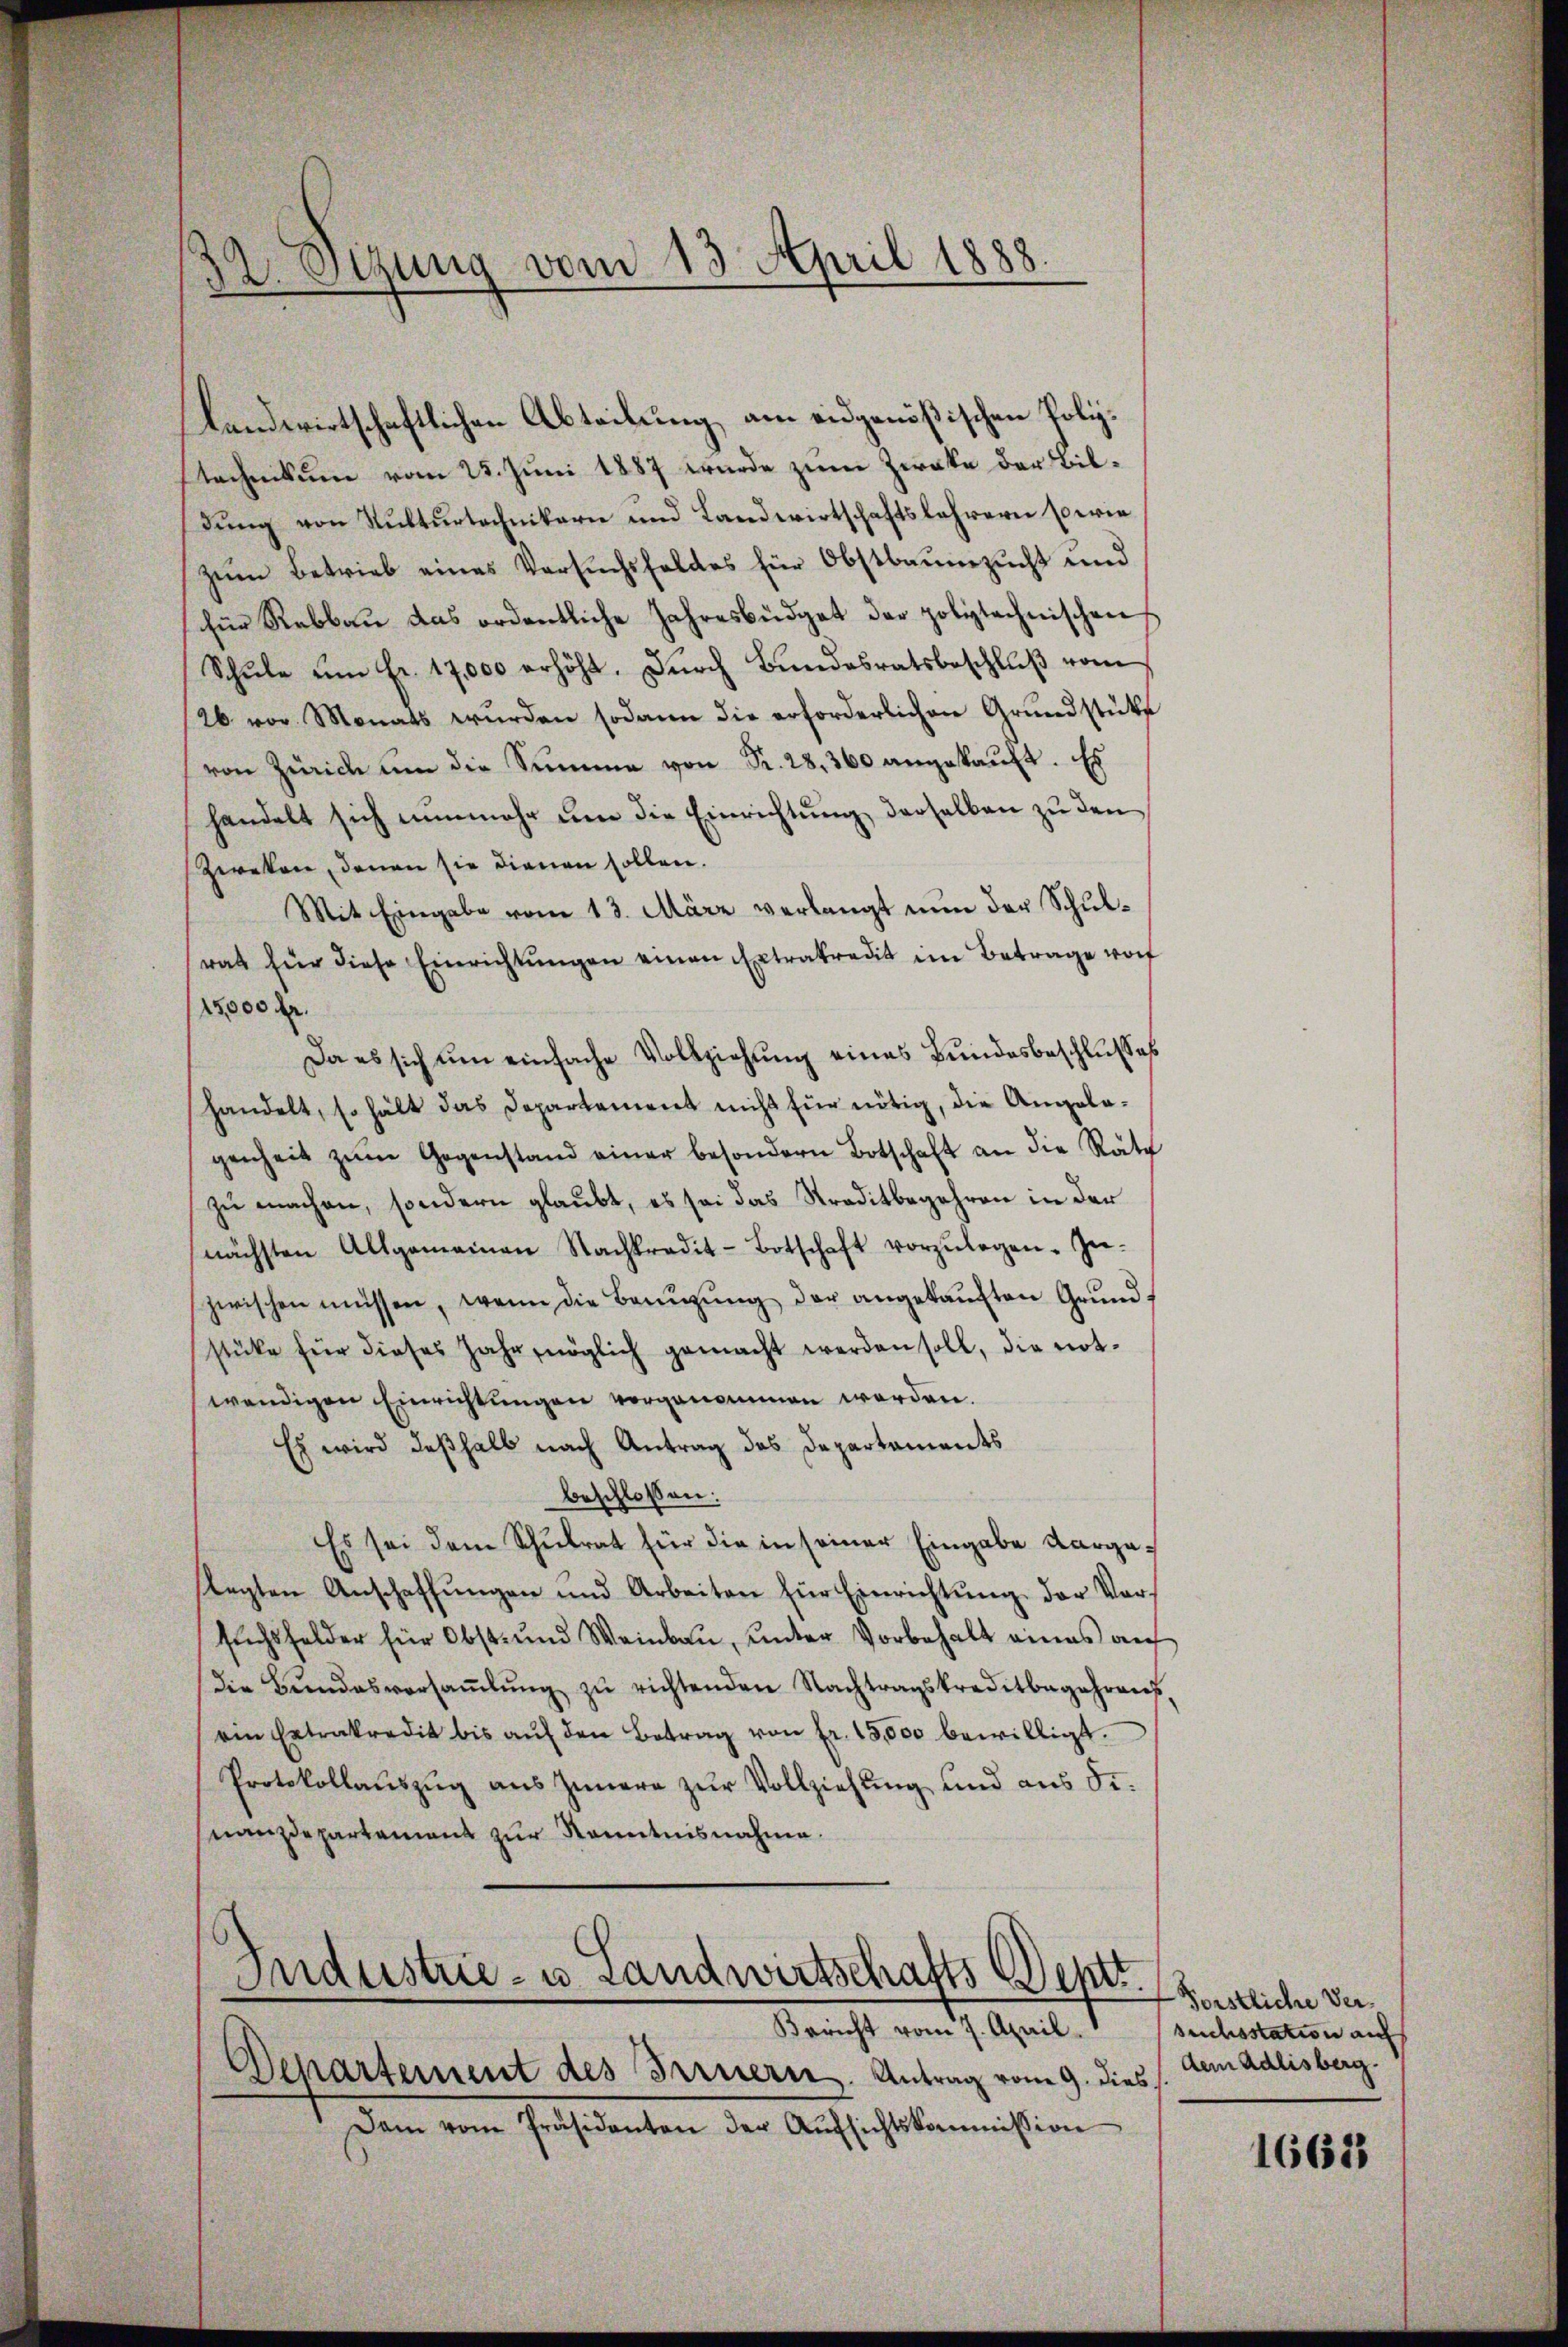
Vigung vom 13. April 1888.

landwirtschaftlichen Abteilung, am eidgenößischen Politechnikum vom 25. Juni 1887 wurde zum Zwecke der Bildung von Kulturtechnikern und Landwirtschaftslehrern sowie
zum Betrieb eines Versuchsfeldes für Obstbaumzucht und
für Rebbau das ordentliche Jahresbüdget der polytechnischen
Schŭle ŭm Fr. 17,000 erhöht. Dŭrch Bŭndesratsbeschlŭβ vom
26 vor Monats wurden sodann die erforderlichen Grundstütz
von Zürich um die Summe von R. 28, 360 angekaŭft. Es
handelt sich nunmehr um die Einrichtung derselben zu den
Zereten, denen sie dienen sollen.
Mit Eingabe vom 13. März verlangt nun der Schulrat für diese Einrichtŭngen einen Extrakredit im Betrage vorf
15,000 Fr.
Da es sich um einfache Vollziehung eines Bundesbeschlusses
handelt, so hält das Departement nicht für nötig, die Angela-
genheit zŭm Gegenstand einer besondern Botschaft an die Räth
zu machen, sondern glaubt, es sei das Straditbegehren in der
nächsten Allgemeinen Nachtredit-Botschaft vorzŭlegen. Zu-
zwischen müssen, wenn die Bauŭgŭng der angekaŭften Grundstüke für dieses Jahr möglich gemacht werden soll, die notwendigen Einrichtungen vorgenommen worden.
Es wird deßhalb nach Antrag des Departements
beschlossen:
Es sei dem Schulrat für die in seiner Eingabe Aargalegten Anschaffŭngen und Arbeiten für Einrichtŭng der Vorsŭchsfelder für Obst und Weinbaŭ, ŭnter Vorbehalt eines aŭf
Die Bŭndesversaṁlŭng zŭ richtenden Nachtragskreditbegehrreis,
ein Extrakredit bis aŭf den Betrag von fr. 15,000 bewilligt.
Protokollaŭszŭg aŭs Innern zŭr Vollziehŭng und aus Si.
nanzdepartement zur Kenntnisnahme.
Industrie- u. Landwirtschafts Deptt.
Bericht vom 7. April. suchsstation auf
Departement des Fernern. Antrag vom 9. dies
Dam vom Präsidenten der Aufsichtskommission

Forstliche Verdem Adlisberg.

1662